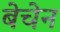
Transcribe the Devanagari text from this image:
बेचेन